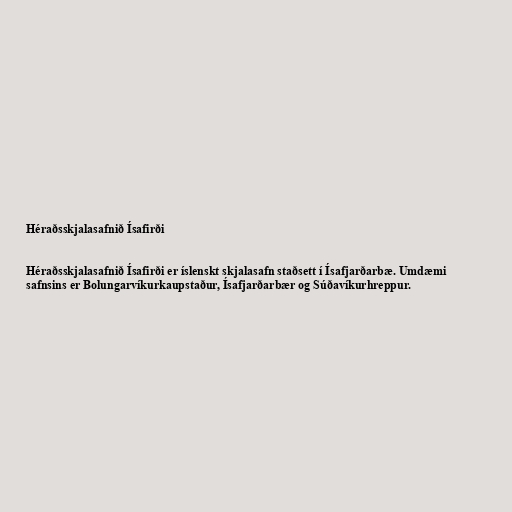
Héraðsskjalasafnið Ísafirði

Héraðsskjalasafnið Ísafirði er íslenskt skjalasafn staðsett í Ísafjarðarbæ. Umdæmi
safnsins er Bolungarvíkurkaupstaður, Ísafjarðarbær og Súðavíkurhreppur.